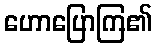
ဟောပြောကြ၏